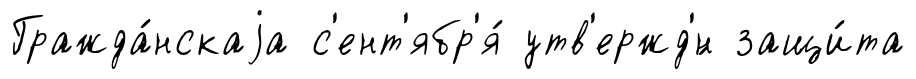
Гражда́нскаjа с'ент'ябр'я́ утв'ержд'́н защи́та